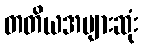
တတိယအများဆုံး